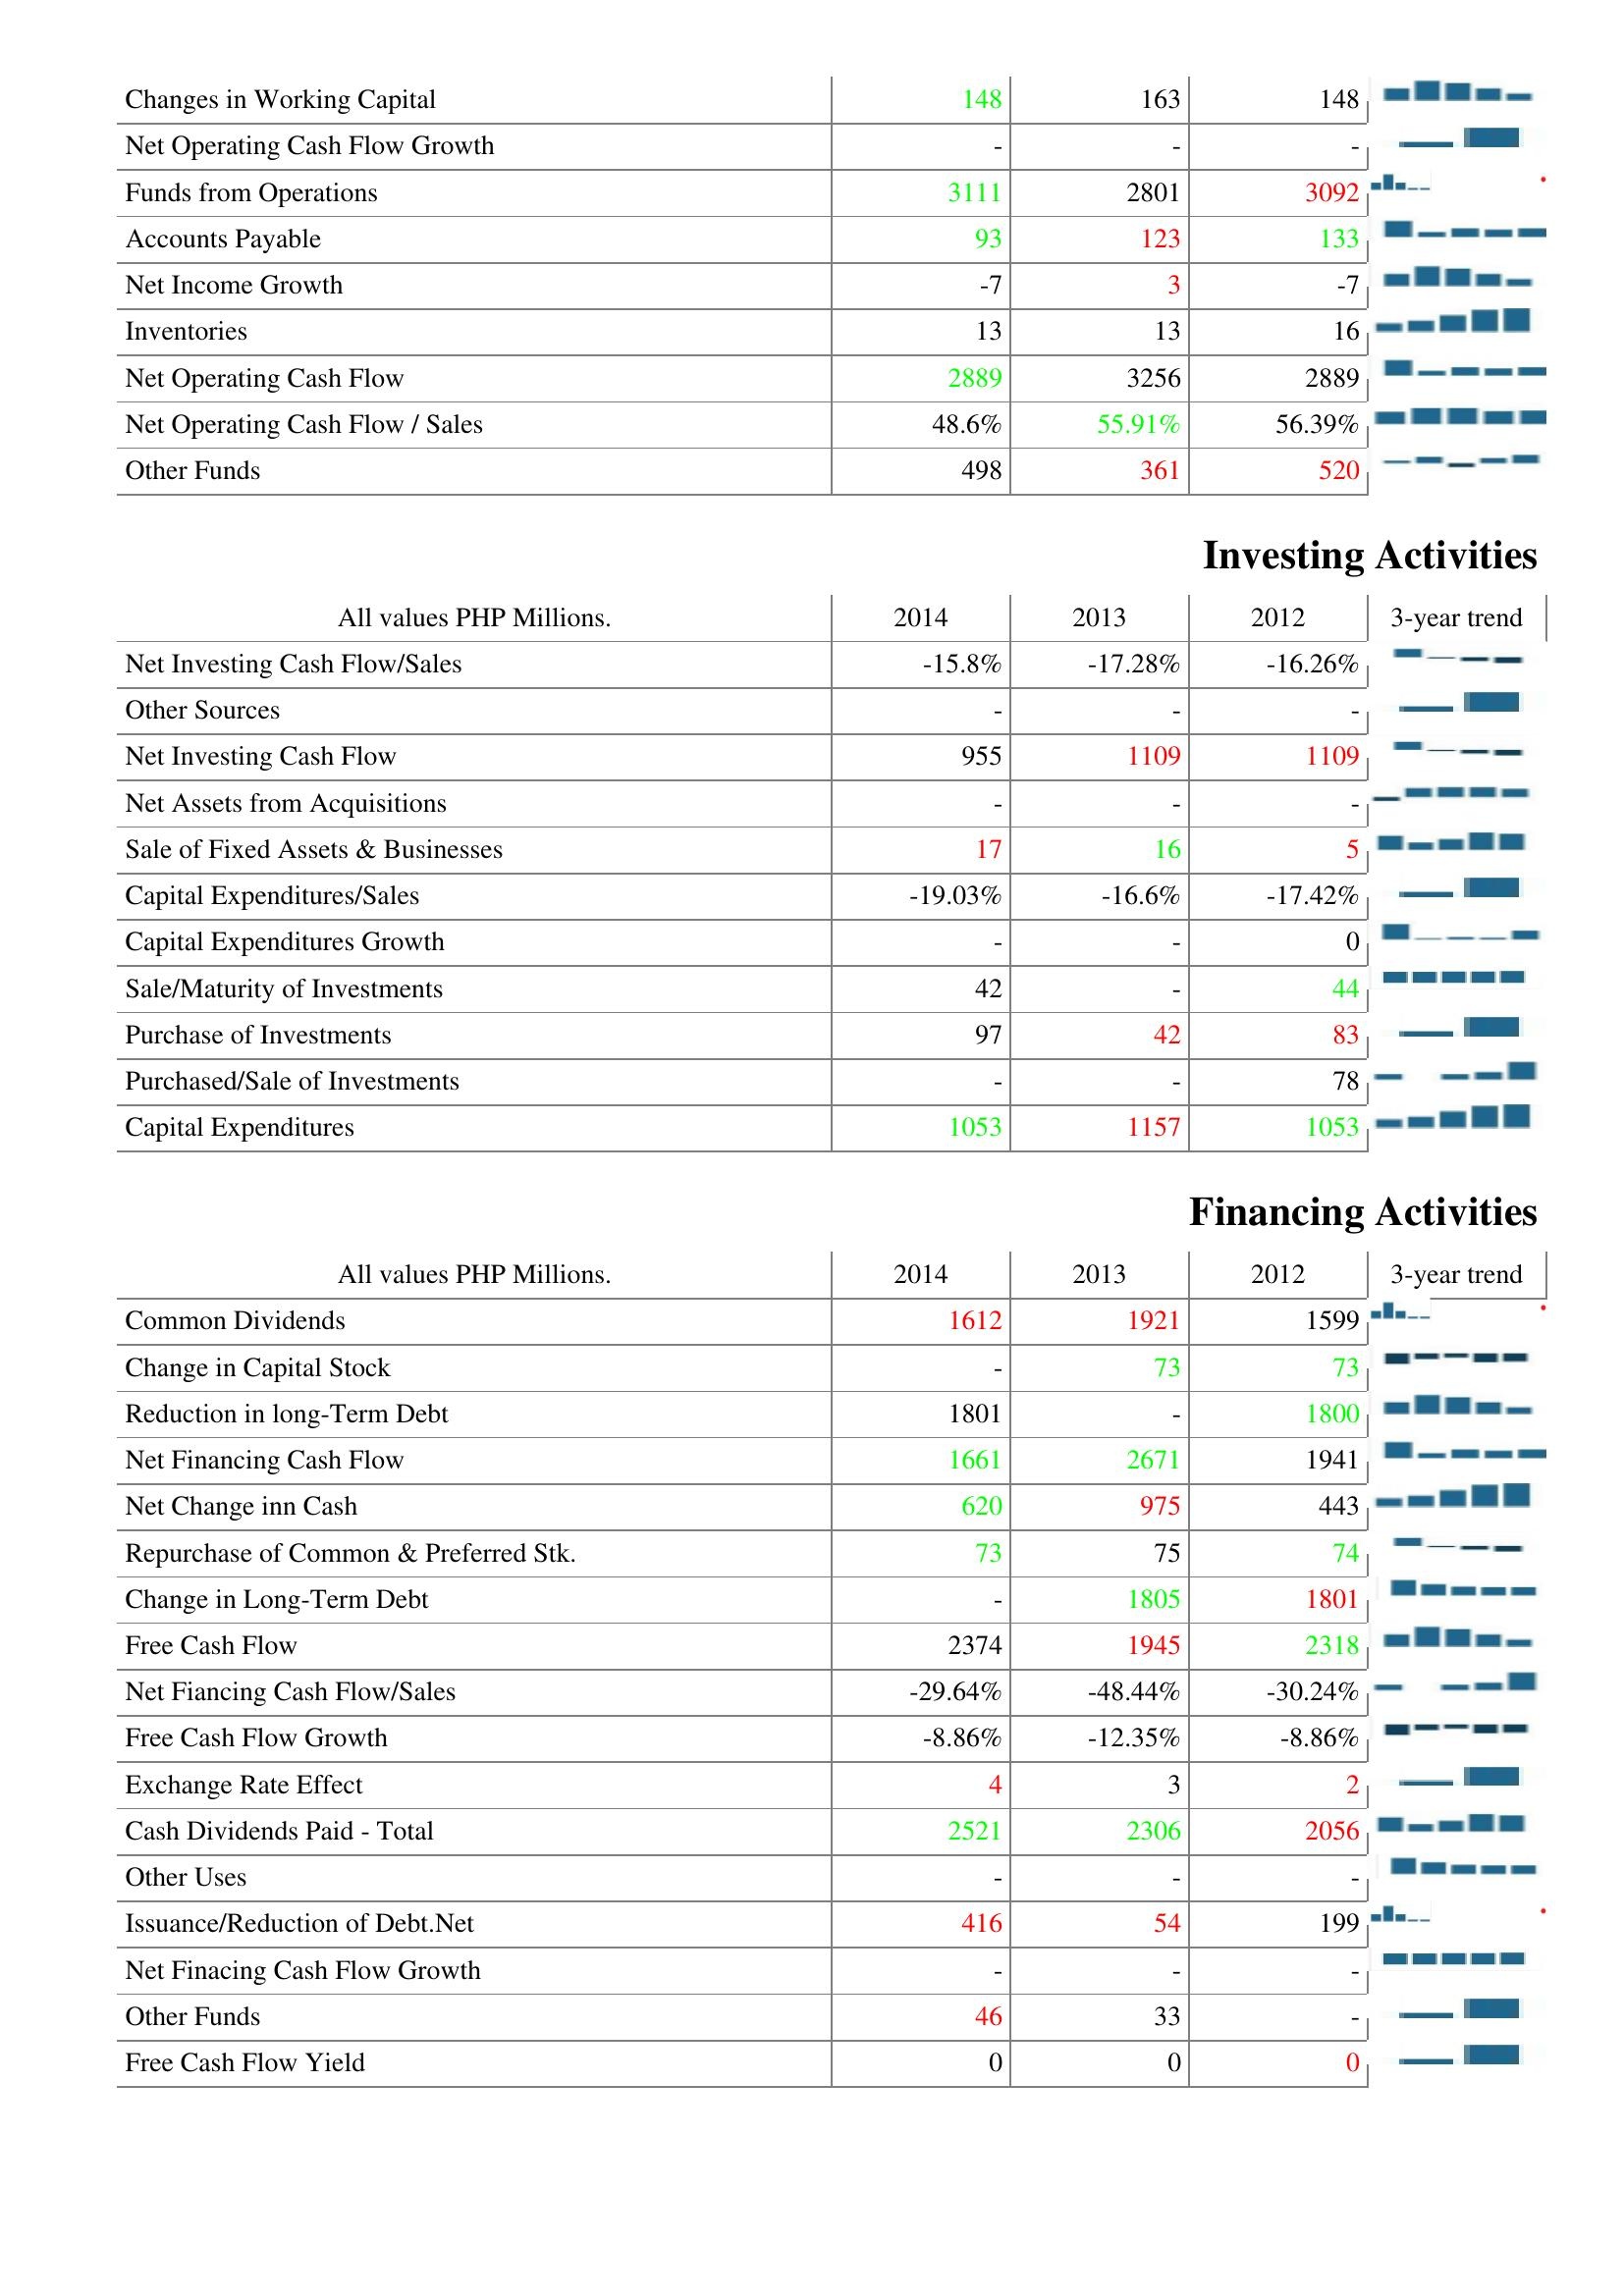
2014: Operating Activities: Changes in Working Capital: 148
Net Operating Cash Flow Growth: -
Funds from Operations: 3111
Accounts Payable: 93
Net Income Growth: -7
Inventories: 13
Net Operating Cash Flow: 2889
Net Operating Cash Flow / Sales: 48.6%
Other Funds: 498
Investing Activities: Net Investing Cash Flow/Sales: -15.8%
Other Sources: -
Net Investing Cash Flow: 955
Net Assets from Acquisitions: -
Sale of Fixed Assets & Businesses: 17
Capital Expenditures/Sales: -19.03%
Capital Expenditures Growth: -
Sale/Maturity of Investments: 42
Purchase of Investments: 97
Purchased/Sale of Investments: -
Capital Expenditures: 1053
Financing Activities: Common Dividends: 1612
Change in Capital Stock: -
Reduction in long-Term Debt: 1801
Net Financing Cash Flow: 1661
Net Change inn Cash: 620
Repurchase of Common & Preferred Stk.: 73
Change in Long-Term Debt: -
Free Cash Flow: 2374
Net Fiancing Cash Flow/Sales: -29.64%
Free Cash Flow Growth: -8.86%
Exchange Rate Effect: 4
Cash Dividends Paid - Total: 2521
Other Uses: -
Issuance/Reduction of Debt.Net: 416
Net Finacing Cash Flow Growth: -
Other Funds: 46
Free Cash Flow Yield: 0
2013: Operating Activities: Changes in Working Capital: 163
Net Operating Cash Flow Growth: -
Funds from Operations: 2801
Accounts Payable: 123
Net Income Growth: 3
Inventories: 13
Net Operating Cash Flow: 3256
Net Operating Cash Flow / Sales: 55.91%
Other Funds: 361
Investing Activities: Net Investing Cash Flow/Sales: -17.28%
Other Sources: -
Net Investing Cash Flow: 1109
Net Assets from Acquisitions: -
Sale of Fixed Assets & Businesses: 16
Capital Expenditures/Sales: -16.6%
Capital Expenditures Growth: -
Sale/Maturity of Investments: -
Purchase of Investments: 42
Purchased/Sale of Investments: -
Capital Expenditures: 1157
Financing Activities: Common Dividends: 1921
Change in Capital Stock: 73
Reduction in long-Term Debt: -
Net Financing Cash Flow: 2671
Net Change inn Cash: 975
Repurchase of Common & Preferred Stk.: 75
Change in Long-Term Debt: 1805
Free Cash Flow: 1945
Net Fiancing Cash Flow/Sales: -48.44%
Free Cash Flow Growth: -12.35%
Exchange Rate Effect: 3
Cash Dividends Paid - Total: 2306
Other Uses: -
Issuance/Reduction of Debt.Net: 54
Net Finacing Cash Flow Growth: -
Other Funds: 33
Free Cash Flow Yield: 0
2012: Operating Activities: Changes in Working Capital: 148
Net Operating Cash Flow Growth: -
Funds from Operations: 3092
Accounts Payable: 133
Net Income Growth: -7
Inventories: 16
Net Operating Cash Flow: 2889
Net Operating Cash Flow / Sales: 56.39%
Other Funds: 520
Investing Activities: Net Investing Cash Flow/Sales: -16.26%
Other Sources: -
Net Investing Cash Flow: 1109
Net Assets from Acquisitions: -
Sale of Fixed Assets & Businesses: 5
Capital Expenditures/Sales: -17.42%
Capital Expenditures Growth: 0
Sale/Maturity of Investments: 44
Purchase of Investments: 83
Purchased/Sale of Investments: 78
Capital Expenditures: 1053
Financing Activities: Common Dividends: 1599
Change in Capital Stock: 73
Reduction in long-Term Debt: 1800
Net Financing Cash Flow: 1941
Net Change inn Cash: 443
Repurchase of Common & Preferred Stk.: 74
Change in Long-Term Debt: 1801
Free Cash Flow: 2318
Net Fiancing Cash Flow/Sales: -30.24%
Free Cash Flow Growth: -8.86%
Exchange Rate Effect: 2
Cash Dividends Paid - Total: 2056
Other Uses: -
Issuance/Reduction of Debt.Net: 199
Net Finacing Cash Flow Growth: -
Other Funds: -
Free Cash Flow Yield: 0